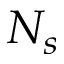
N _ { s }